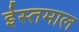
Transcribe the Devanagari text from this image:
ईस्तमाल